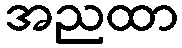
အညထာ